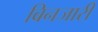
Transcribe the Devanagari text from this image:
बिनजारी